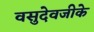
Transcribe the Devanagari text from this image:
वसुदेवजीके